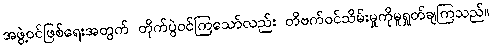
အဖွဲ့ဝင်ဖြစ်ရေးအတွက် တိုက်ပွဲဝင်ကြသော်လည်း တိဗက်ဝင်သိမ်းမှုကိုမူရှုတ်ချကြသည်။